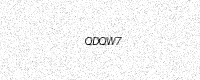
Text: QDQW7